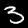
Digit: 3